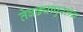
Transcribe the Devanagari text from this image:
तेवढ्यापुरतेच